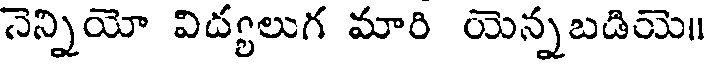
నెన్నియో విద్యలుగ మారి యెన్నబడియె